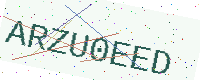
Text: ARZU0EED